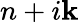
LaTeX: n+i\mathbf{k}